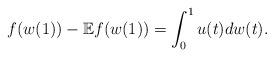
LaTeX: \begin{align*}f(w(1))-\mathbb{E} f(w(1)) =\int^1_0 u(t)dw(t).\end{align*}